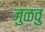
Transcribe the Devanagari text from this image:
जुळवु